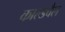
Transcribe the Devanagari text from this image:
काल्डवैल